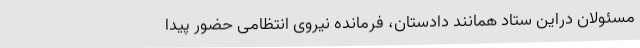
مسئولان دراین ستاد همانند دادستان، فرمانده نیروی انتظامی حضور پیدا